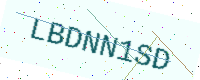
Text: LBDNN1SD